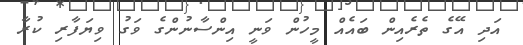
އަދި އޭގެ ތެރެއިން ބައެއް މީހުން ވަނީ އިންސާނުންގެ ވަގު ވިޔަފާރި ކުރާ